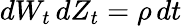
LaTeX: dW_{t}\, dZ_{t}=\rho\, dt